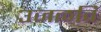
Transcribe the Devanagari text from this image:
उजळवि